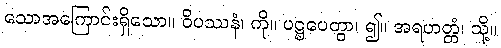
သောအကြောင်းရှိသော။ ဝိပဿနံ၊ ကို။ ပဋ္ဌပေတွာ၊ ၍။ အရဟတ္တံ၊ သို့။